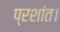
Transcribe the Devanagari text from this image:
प्रशांत।